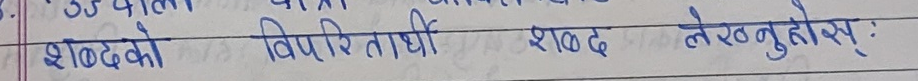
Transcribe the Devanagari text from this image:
शब्दको विपरीतार्थी शब्द लेख्नुहोस्: